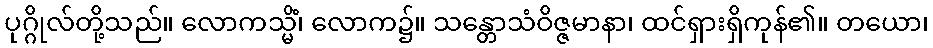
ပုဂ္ဂိုလ်တို့သည်။ လောကသ္မိံ၊ လောက၌။ သန္တောသံဝိဇ္ဇမာနာ၊ ထင်ရှားရှိကုန်၏။ တယော၊